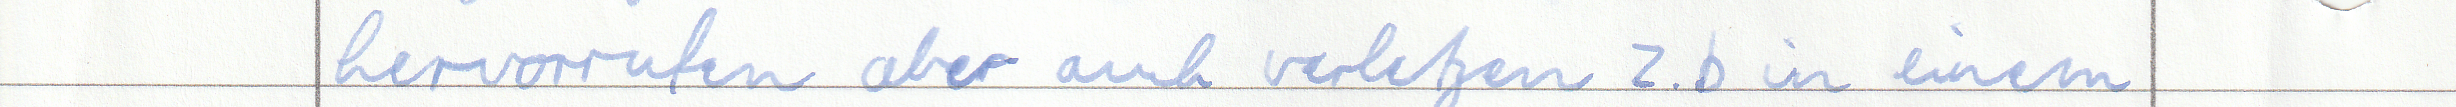
hervorrufen aber auch verletzen z.b in einem